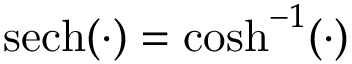
\mathrm { s e c h } ( \cdot ) = \cosh ^ { - 1 } ( \cdot )